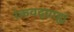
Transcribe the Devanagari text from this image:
रंकवद्ग्राह्यं